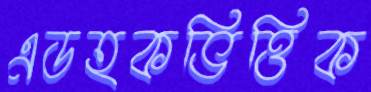
এডহকভিত্তিক